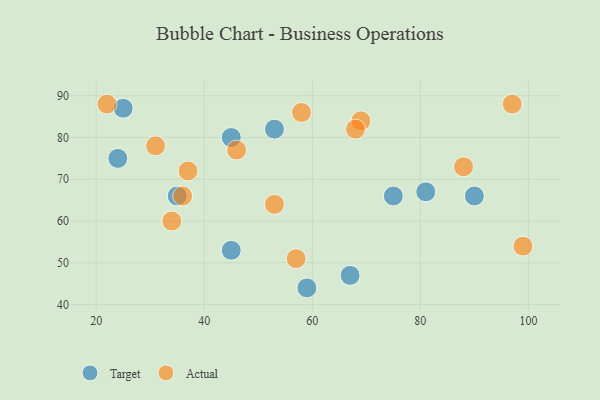
{"axis": {"x": "GDP", "y": "Life Expectancy"}, "legend": ["Actual", "Target"], "data": [{"x": "90", "y": 66, "type": "Target"}, {"x": "45", "y": 80, "type": "Target"}, {"x": "35", "y": 66, "type": "Target"}, {"x": "53", "y": 82, "type": "Target"}, {"x": "45", "y": 53, "type": "Target"}, {"x": "81", "y": 67, "type": "Target"}, {"x": "25", "y": 87, "type": "Target"}, {"x": "59", "y": 44, "type": "Target"}, {"x": "75", "y": 66, "type": "Target"}, {"x": "24", "y": 75, "type": "Target"}, {"x": "67", "y": 47, "type": "Target"}, {"x": "34", "y": 60, "type": "Actual"}, {"x": "36", "y": 66, "type": "Actual"}, {"x": "58", "y": 86, "type": "Actual"}, {"x": "88", "y": 73, "type": "Actual"}, {"x": "69", "y": 84, "type": "Actual"}, {"x": "68", "y": 82, "type": "Actual"}, {"x": "99", "y": 54, "type": "Actual"}, {"x": "53", "y": 64, "type": "Actual"}, {"x": "22", "y": 88, "type": "Actual"}, {"x": "37", "y": 72, "type": "Actual"}, {"x": "97", "y": 88, "type": "Actual"}, {"x": "46", "y": 77, "type": "Actual"}, {"x": "57", "y": 51, "type": "Actual"}, {"x": "31", "y": 78, "type": "Actual"}]}